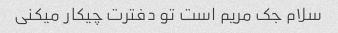
سلام جک مریم است تو دفترت چیکار میکنی